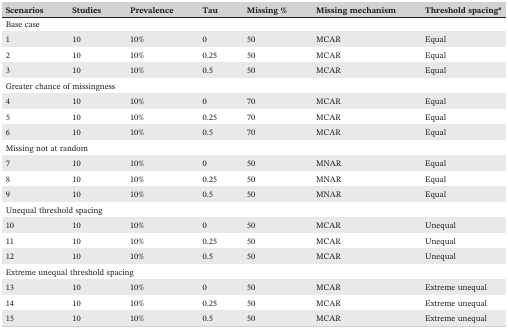
| Scenarios | Studies | Prevalence | Tau | Missing % | Missing mechanism | Threshold spacing* |
 | --- | --- | --- | --- | --- | --- | --- |
 | <COLSPAN=7> Base case |
 | 1 | 10 | 10% | 0 | 50 | MCAR | Equal |
 | 2 | 10 | 10% | 0.25 | 50 | MCAR | Equal |
 | 3 | 10 | 10% | 0.5 | 50 | MCAR | Equal |
 | <COLSPAN=7> Greater chance of missingness |
 | 4 | 10 | 10% | 0 | 70 | MCAR | Equal |
 | 5 | 10 | 10% | 0.25 | 70 | MCAR | Equal |
 | 6 | 10 | 10% | 0.5 | 70 | MCAR | Equal |
 | <COLSPAN=7> Missing not at random |
 | 7 | 10 | 10% | 0 | 50 | MNAR | Equal |
 | 8 | 10 | 10% | 0.25 | 50 | MNAR | Equal |
 | 9 | 10 | 10% | 0.5 | 50 | MNAR | Equal |
 | <COLSPAN=7> Unequal threshold spacing |
 | 10 | 10 | 10% | 0 | 50 | MCAR | Unequal |
 | 11 | 10 | 10% | 0.25 | 50 | MCAR | Unequal |
 | 12 | 10 | 10% | 0.5 | 50 | MCAR | Unequal |
 | <COLSPAN=7> Extreme unequal threshold spacing |
 | 13 | 10 | 10% | 0 | 50 | MCAR | Extreme unequal |
 | 14 | 10 | 10% | 0.25 | 50 | MCAR | Extreme unequal |
 | 15 | 10 | 10% | 0.5 | 50 | MCAR | Extreme unequal |